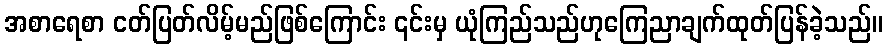
အစာရေစာ ငတ်ပြတ်လိမ့်မည်ဖြစ်ကြောင်း ၎င်းမှ ယုံကြည်သည်ဟုကြေညာချက်ထုတ်ပြန်ခဲ့သည်။